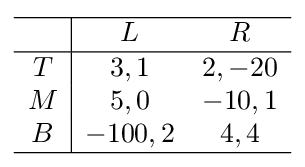
{\begin{array}{c|cc}\hline &L&R\\\hline T&3,1&2,-20\\M&5,0&-10,1\\B&-100,2&4,4\\\hline \end{array}}